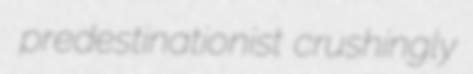
predestinationist crushingly